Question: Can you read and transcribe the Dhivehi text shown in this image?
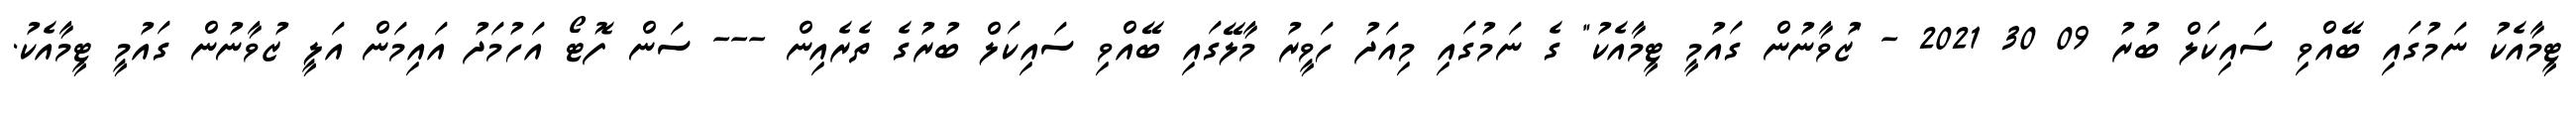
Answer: ޓީމާއެކު ނަމުގައި ބޭއްވި ސައިކަލް ބުރު 09 30 2021 - "ޒުވާނުން ގައުމީ ޓީމާއެކު" ގެ ނަމުގައި މިއަދު ހަވީރު މާލޭގައި ބޭއްވި ސައިކަލް ބުރުގެ ތެރެއިން --- ސަން ފޮޓޯ އަހުމަދު އައިމަން އަލީ ޒުވާނުން ގައުމީ ޓީމާއެކު.